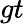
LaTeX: gt